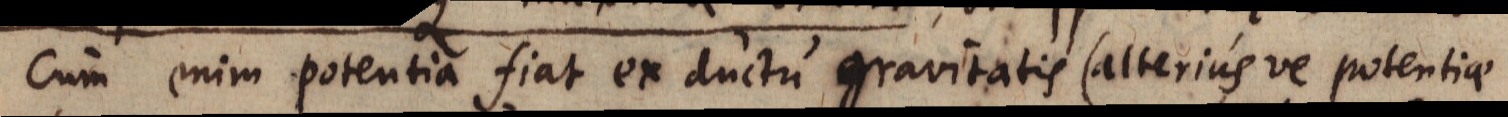
Cum enim potentia fiat ex ductu gravitatis (alteriusve potentiae